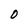
Character: D